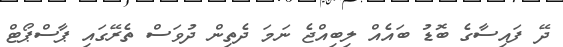
ދޭ ފައިސާގެ ބޮޑު ބައެއް ލިބިއްޖެ ނަމަ ދެތިން ދުވަސް ތެރޭގައި ޕާސްޕޯޓް